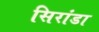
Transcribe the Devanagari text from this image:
सिरांडा